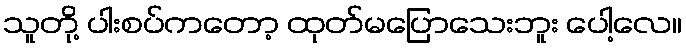
သူတို့ ပါးစပ်ကတော့ ထုတ်မပြောသေးဘူး ပေါ့လေ။